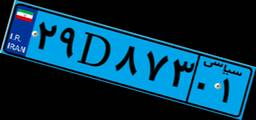
۲۹D۸۷۳۰۱